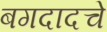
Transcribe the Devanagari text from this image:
बगदादचे